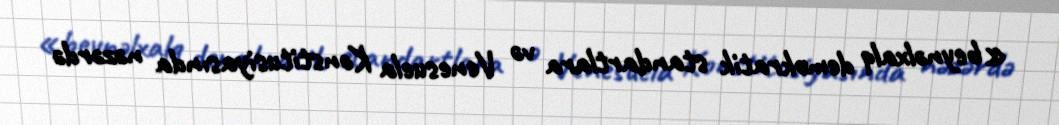
«beynəlxalq demokratik standartlara və Venesuela Konstitusiyasında nəzərdə